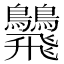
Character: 𩙾